Tezpur Lunatic Asylum reports 1895-1904 - 1895-1904
Year: 1895
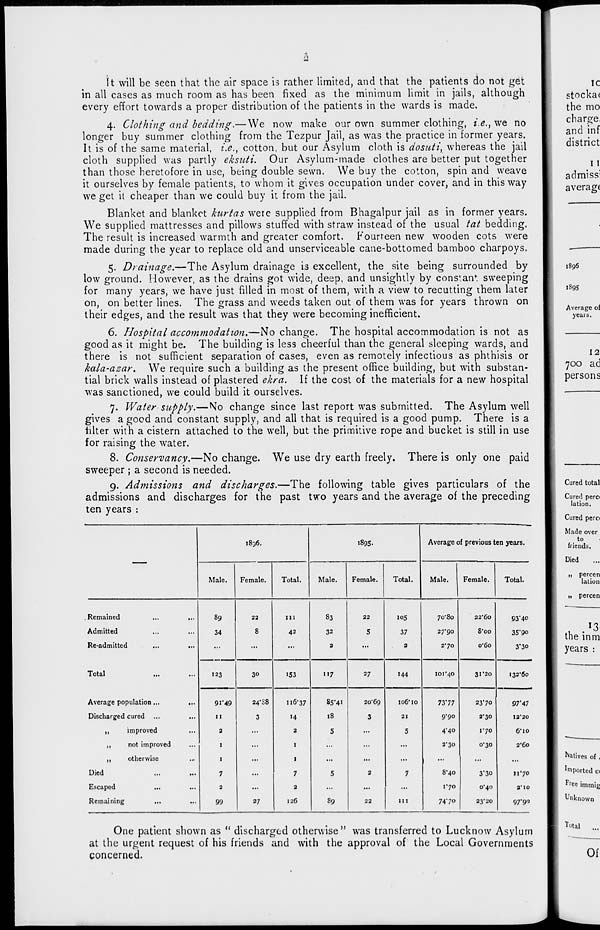
A
It will be seen that the air space is rather limited, and that the patients do not get
in all cases as much room as has been fixed as the minimum limit in jails, although
every effort towards a proper distribution of the patients in the wards is made.
4. Clothing and bedding.— We now make our own summer clothing, i.e., we no
longer buy summer clothing from the Tezpur Jail, as was the practice in former years.
It is of the same material, i.e., cotton, but our Asylum cloth is dosnti, whereas the jail
cloth supplied was partly eksuti. Our Asylum-made clothes are better put together
than those heretofore in use, being double sewn. We buy the cotton, spin and weave
it ourselves by female patients, to whom it gives occupation under cover, and in this way
we get it cheaper than we could buy it from the jail.
Blanket and blanket kurtas were supplied from Bhagalpur jail as in former years.
We supplied mattresses and pillows stuffed with straw instead of the usual tat bedding.
The result is increased warmth and greater comfort. Fourreen new wooden cots were
made during the year to replace old and unserviceable cane-bottomed bamboo charpoys.
5. Drainage.—The Asylum drainage is excellent, the site being surrounded by
low ground. However, as the drains got wide, deep, and unsightly by consian f . sweeping
for many years, we have just filled in most of them, with a view to recutting them later
on, on better lines. The grass and weeds taken out of them was for years thrown on
their edges, and the result was that they were becoming inefficient.
6. Hospital accommodation.—No change. The hospital accommodation is not as
good as it might be. The building is less cheerful than the general sleeping wards, and
there is not sufficient separation of cases, even as remotely infectious as phthisis or
kala-azar. We require such a building as the present office building, but with substan-
tial brick walls instead of plastered ekra. If the cost of the materials for a new hospital
was sanctioned, we could build it ourselves.
7. Water supply.—No change since last report was submitted. The Asylum well
gives a good and constant supply, and all that is required is a good pump. There is a
tilter with a cistern attached to the well, but the primitive rope and bucket is still in use
for raising the water.
8. Conservancy.—No change. We use dry earth freely. There is only one paid
sweeper; a second is needed.
9. Admissions and discharges.—The following table gives particulars of the
admissions and discharges for the past two years and the average of the preceding
ten years :
1836.
1895.
Average of previous ten years.
Male.
Female.
Total.
Male.
Female.
Total.
Male.
Female.
Total.
.Remained
89
22
in
83
22
105
70-80
22'6o
93"4o
Admitted
34
8
42
32
5
37
27-90
8-oo
35"9o
Re-admitted
...
...
...
2
...
2
2*70
o*6o
3*3o
Total
123
30
153
117
27
144
101*40
31-20
132*60
Average population...
9T49
24* S8
116*37
85-41
20-69
106*10
73*77
23*70
97'47
Discharged cured ...
n
3
14
18
3
21
9-90
2*30
I2'20
,,
improved
2
...
2
5
...
5
4-40
1-70
6" 10
,,
not improved
I
...
1
...
...
...
2-30
0-30
2* 60
„
otherwise
I
...
1
...
...
...
...
...
...
Died
7
...
7
5
2
7
8*40
3*30
»i*70
Escaped
2
...
2
...
...
...
1*70
0*40
2*10
Remaining
...
99
27
126
89
22
in
74-70
23*20
97*90
One patient shown as " discharged otherwise" was transferred to Lucknow Asylum
at the urgent request of his friends and with the approval of the Local Governments
concerned.